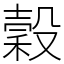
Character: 穀